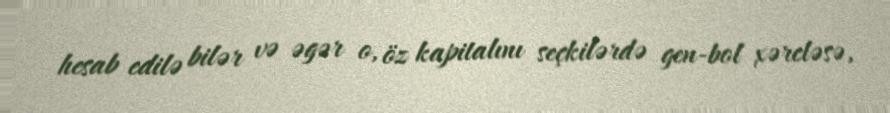
hesab edilə bilər və əgər o, öz kapitalını seçkilərdə gen-bol xərcləsə,